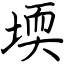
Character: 堧